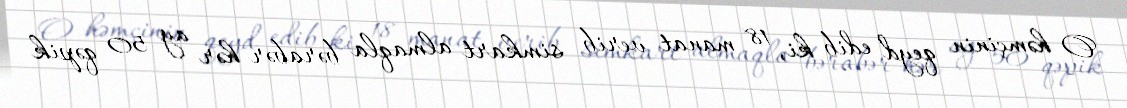
O həmçinin qeyd edib ki, 18 manat verib simkart almaqla bərabər hər ay 50 qəpik